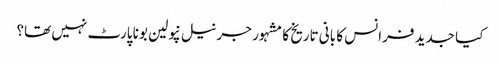
کیا جدید فرانس کا بانی تاریخ کا مشہور جرنیل نپولین بونا پارٹ نہیں تھا؟